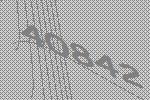
40842